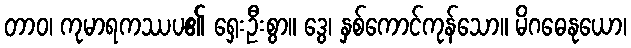
တာဝ၊ ကုမာရကဿပ၏ ရှေးဦးစွာ။ ဒွေ၊ နှစ်ကောင်ကုန်သော။ မိဂဓေနုယော၊